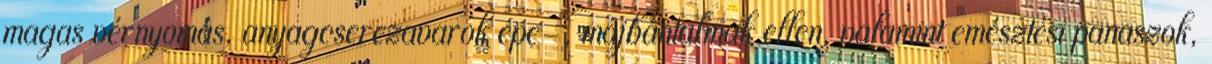
magas vérnyomás, anyagcserezavarok epe-, májbántalmak ellen, valamint emésztési panaszok,